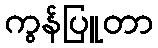
ကွန်ပြူတာ